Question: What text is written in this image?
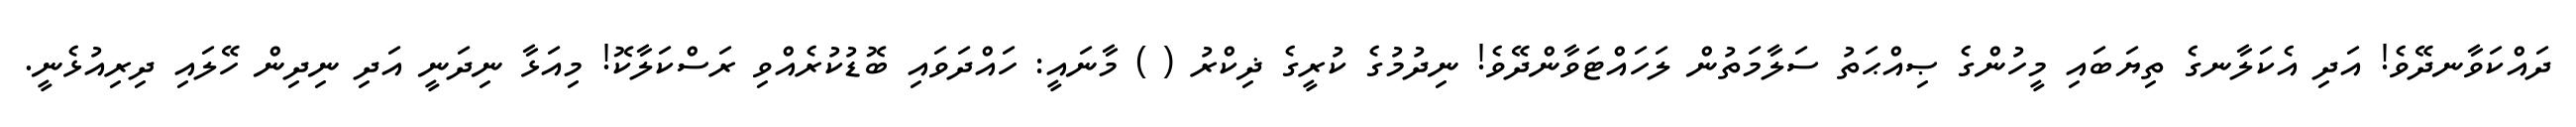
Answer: ދައްކަވާނދޭވެ! އަދި އެކަލާނގެ ތިޔަބައި މީހުންގެ ޞިއްޙަތު ސަލާމަތުން ލަހައްޓަވާންދޭވެ! ނިދުމުގެ ކުރީގެ ޛިކްރު ( ) މާނައީ: ހައްދަވައި ބޮޑުކުރެއްވި ރަސްކަލާކޮ! މިއަޅާ ނިދަނީ އަދި ނިދިން ހޭލައި ދިރިއުޅެނީ.